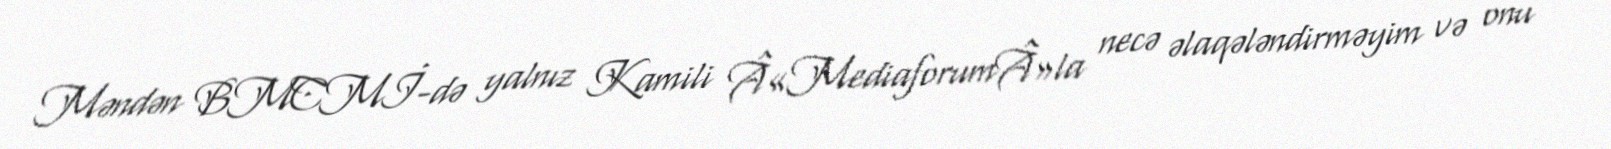
Məndən BMCMİ-də yalnız Kamili Â«MediaforumÂ»la necə əlaqələndirməyim və onu